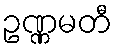
ဥဏ္ဏမတီ